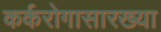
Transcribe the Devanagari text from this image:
कर्करोगासारख्या